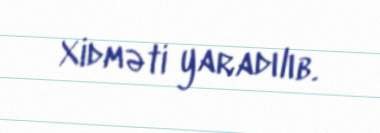
Xidməti yaradılıb.